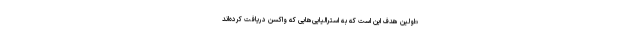
«اولین هدف این است که به استرالیایی‌هایی که واکسن دریافت کرده‌اند